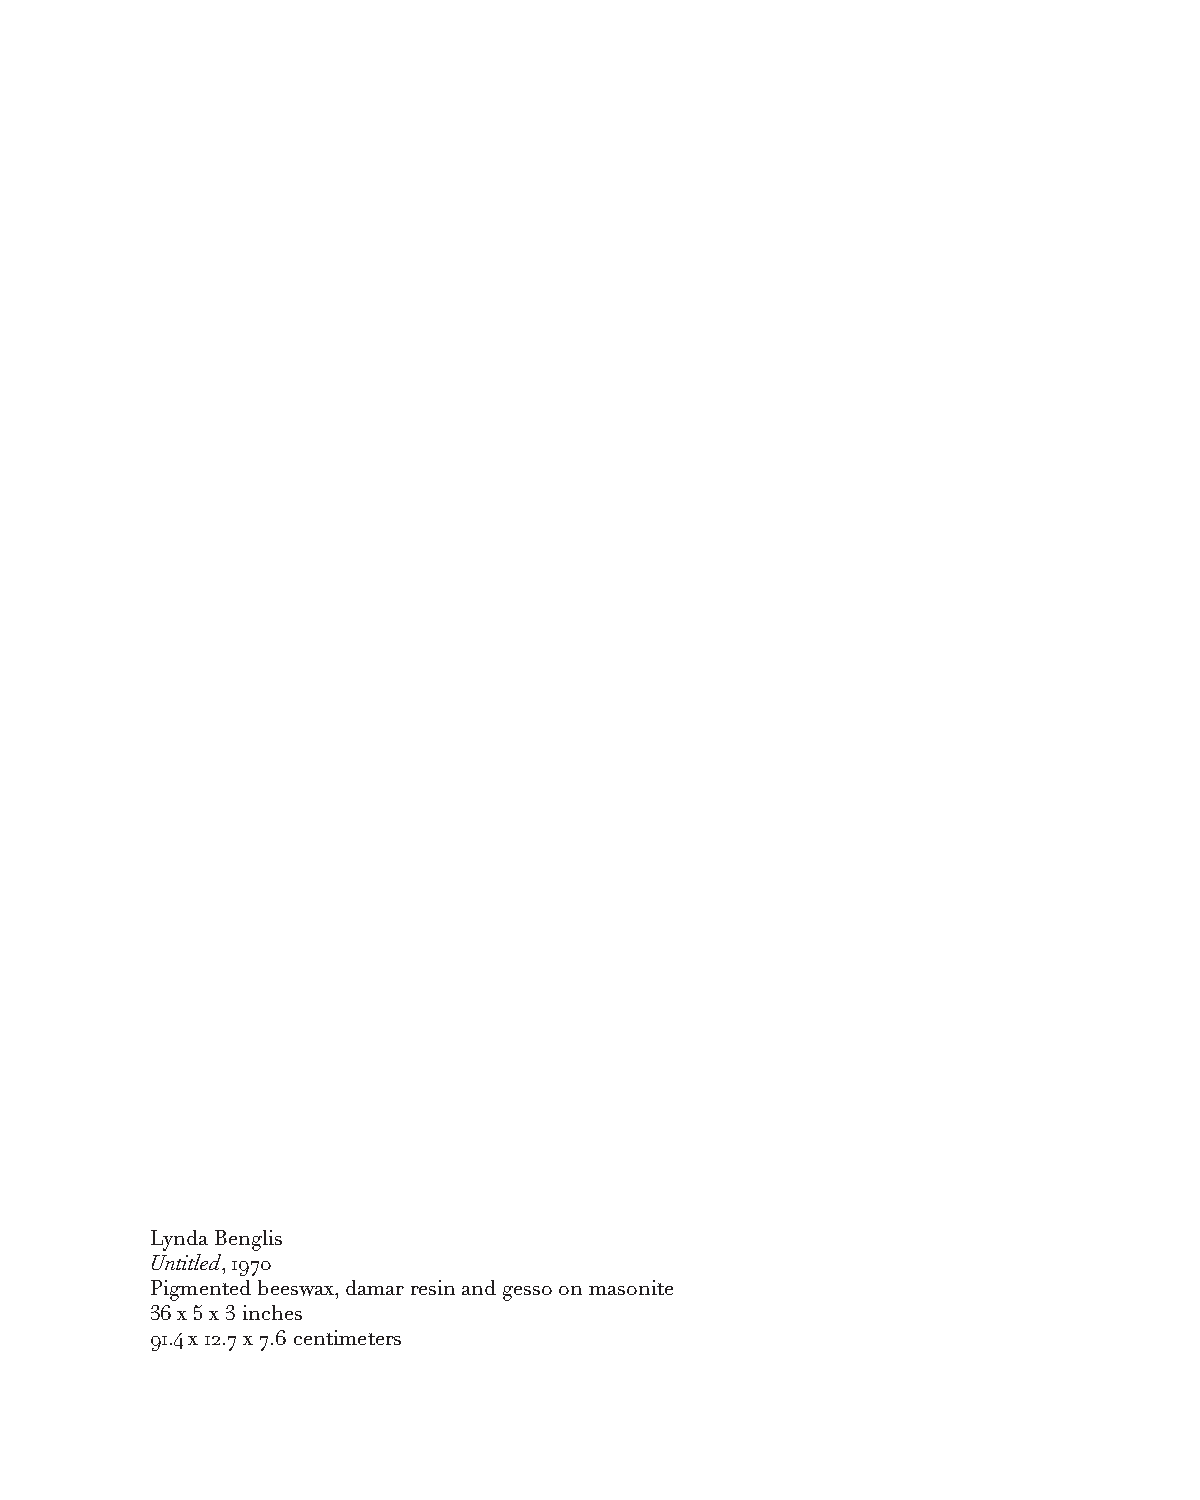
Lynda Benglis
 Untitled, 1970
 Pigmented beeswax, damar resin and gesso on masonite
 36 x 5 x 3 inches
 91.4 x 12.7 x 7.6 centimeters